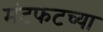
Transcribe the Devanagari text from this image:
मंटफटच्या